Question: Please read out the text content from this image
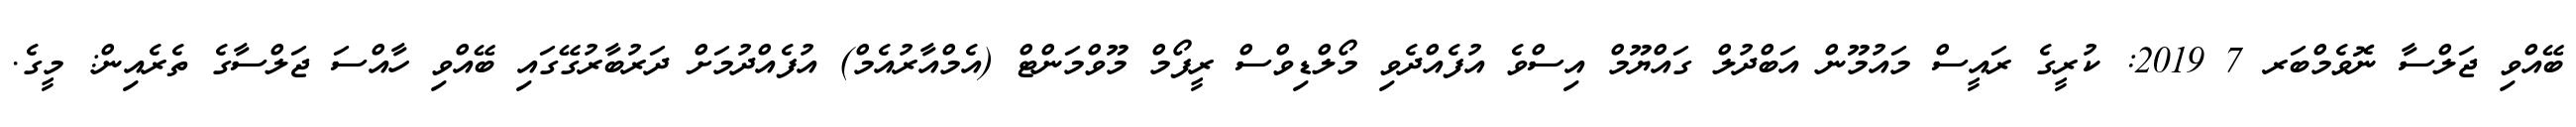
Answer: ބޭއްވި ޖަލްސާ ނޮވެމްބަރ 7 2019: ކުރީގެ ރައީސް މައުމޫން އަބްދުލް ގައްޔޫމް އިސްވެ އުފެއްދެވި މޯލްޑިވްސް ރީފޯމް މޫވްމަންޓް (އެމްއާރުއެމް) އުފެއްދުމަށް ދަރުބާރުގޭގައި ބޭއްވި ހާއްސަ ޖަލްސާގެ ތެރެއިން: މީގެ.